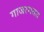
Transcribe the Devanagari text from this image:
गाजरगवत